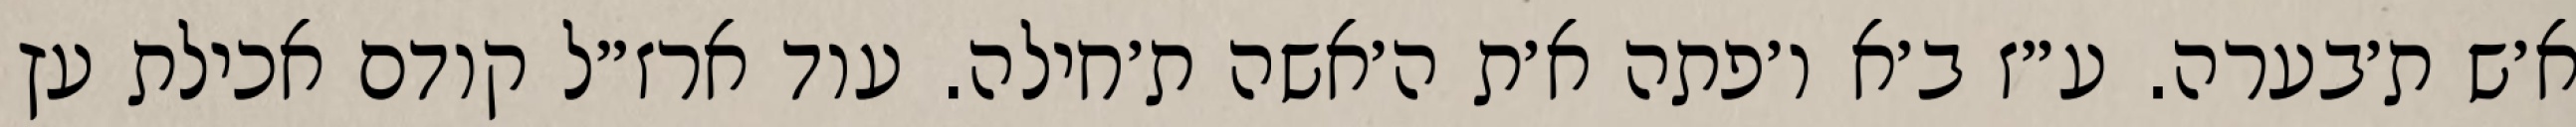
א׳ש ת׳בערה. ע״ז ב׳א ו׳פתה א׳ת ה׳אשה ת׳חילה. עוד ארז״ל קודם אכילת עץ